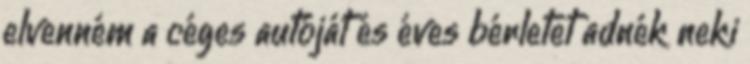
elvenném a céges autóját és éves bérletet adnék neki